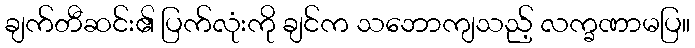
ချက်တီဆင်း၏ ပြက်လုံးကို ချင်က သဘောကျသည့် လက္ခဏာမပြ။